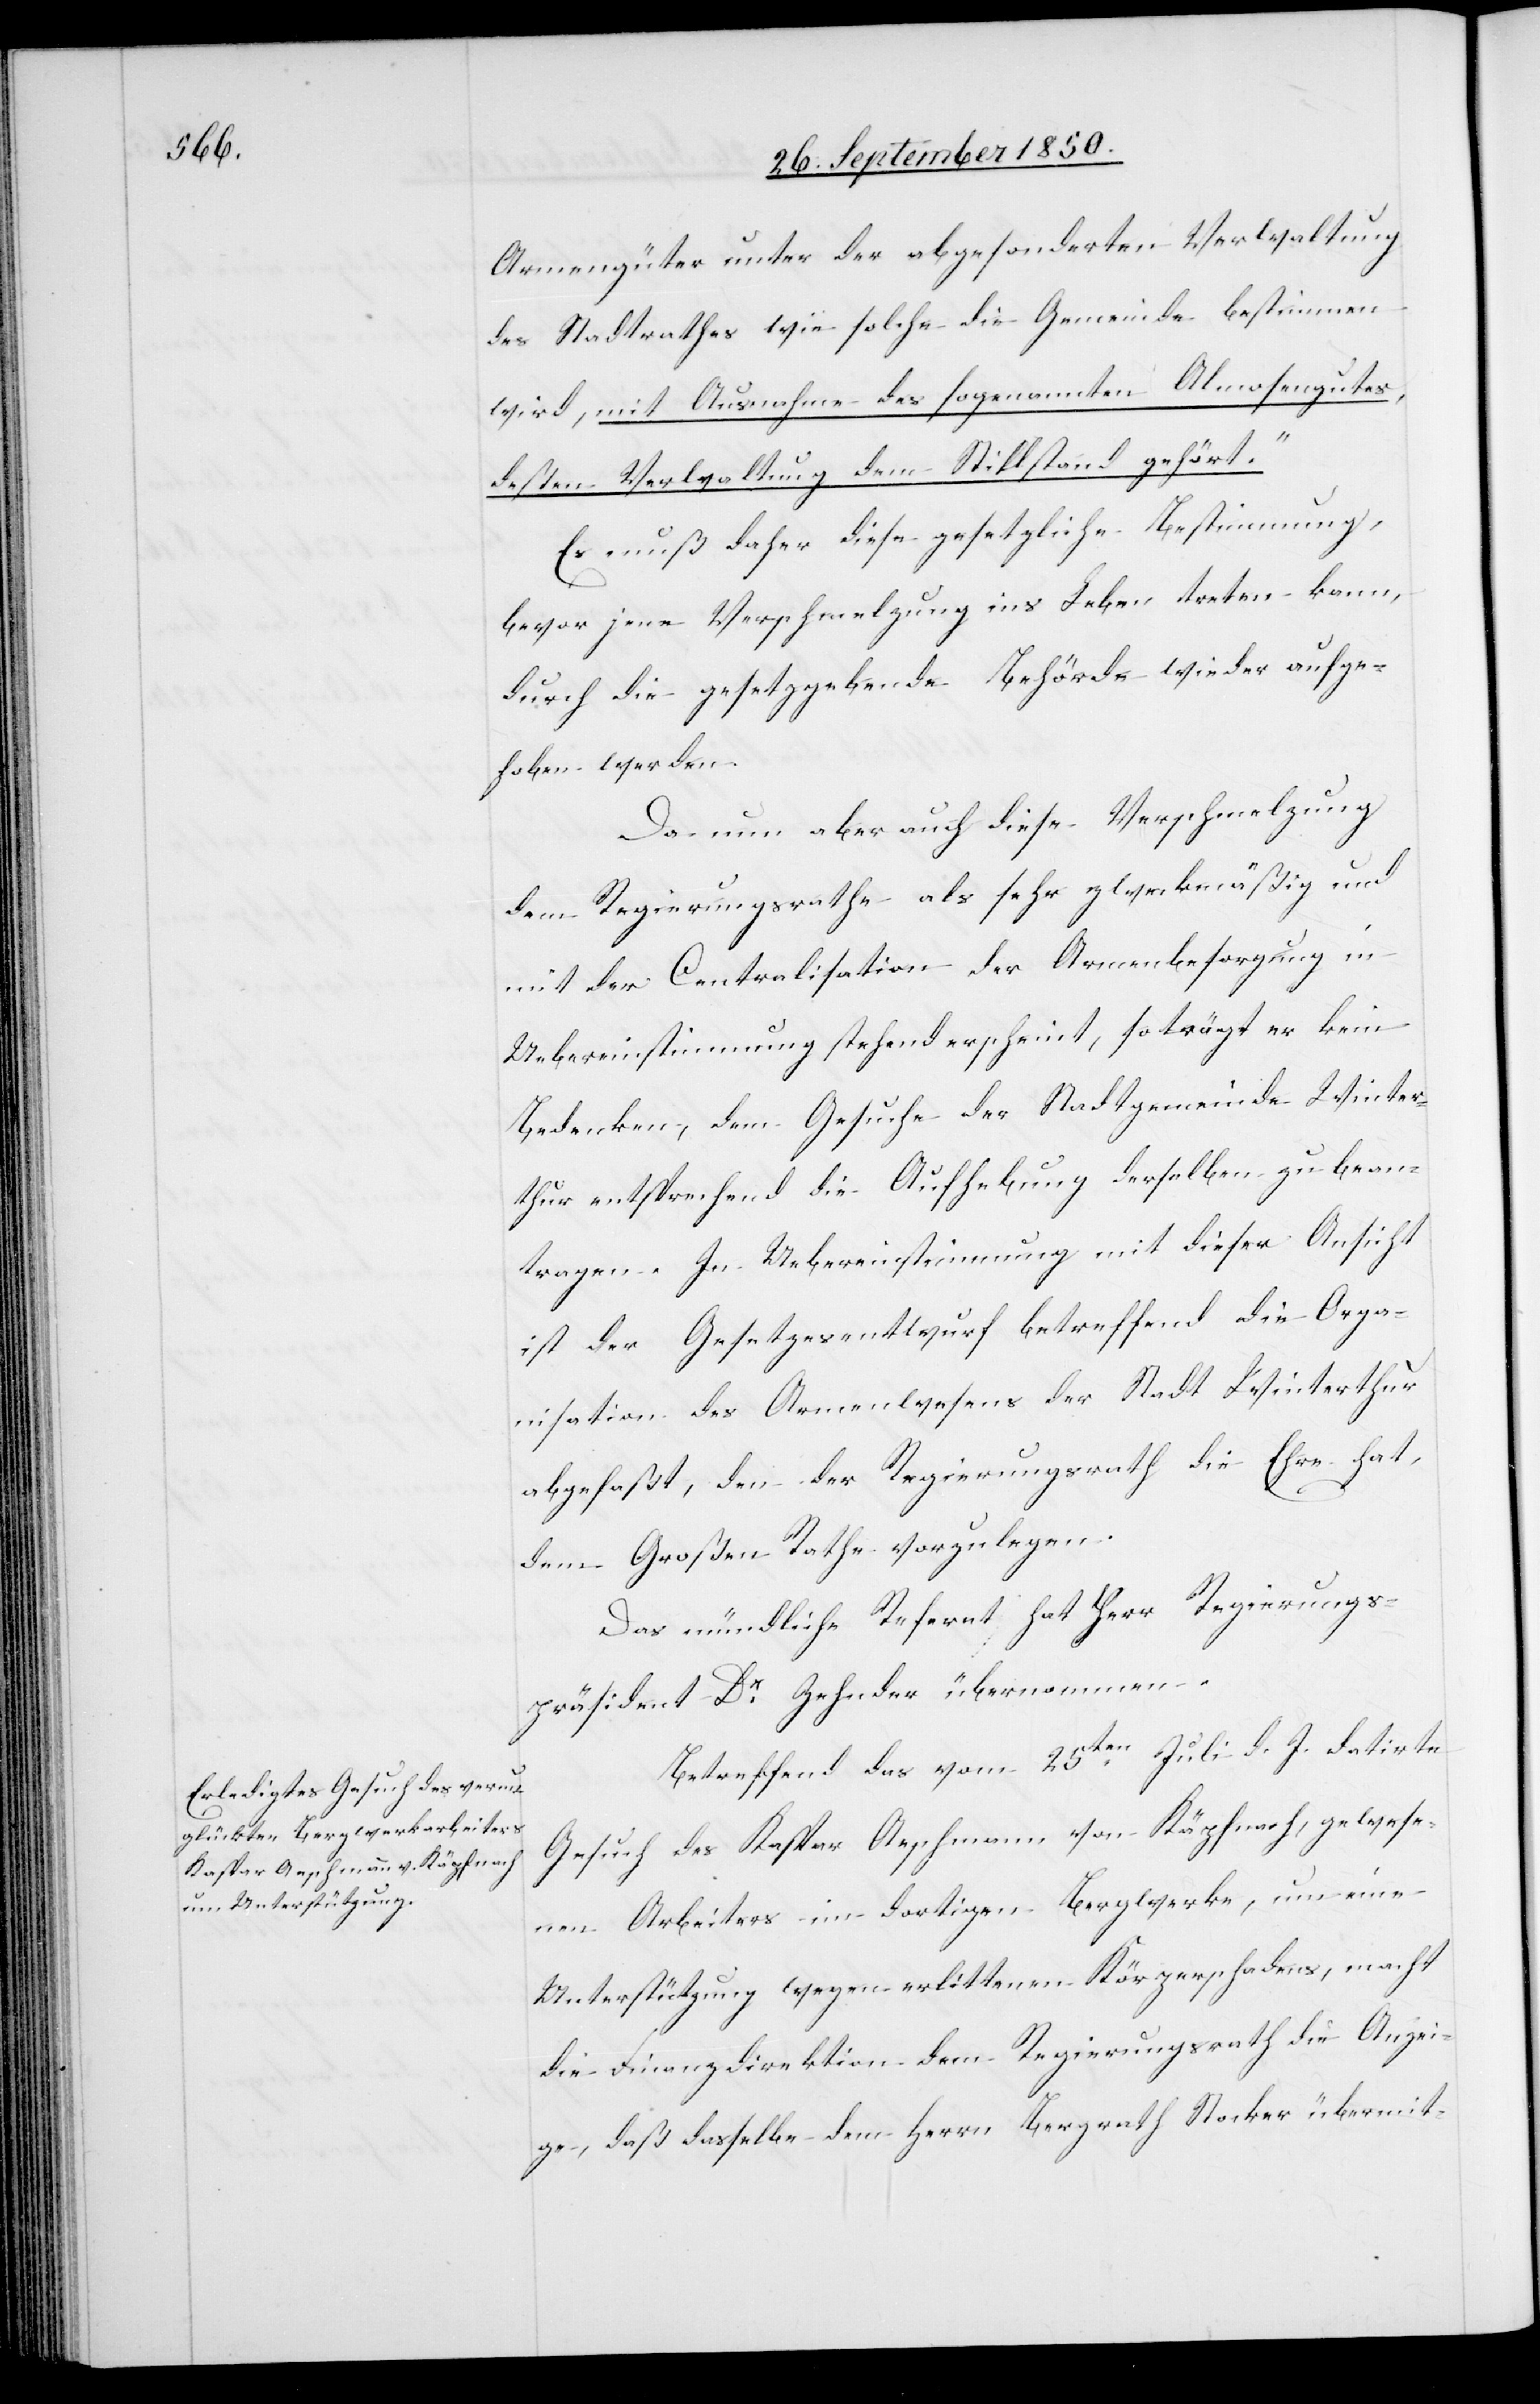
Armengüter unter der abgesonderten Verwaltung
des Stadtrathes wie solche die Gemeinde bestimmen
wird, mit Ausnahme des sogenannten Almosengutes,
deßen Verwaltung dem Stillstand gehört.“
Es muß daher diese gesetzliche Bestimmung,
bevor jene Verschmelzung ins Leben treten kann,
durch die gesetzgebende Behörde wieder aufge¬
hoben werden.
Da nun aber auch diese Verschmelzung
dem Regierungsrathe als sehr zweckmäßig und
mit der Centralisation der Armenbesorgung in
Uebereinstimmung stehend erscheint, so trägt er kein
Bedenken, dem Gesuche der Stadtgemeinde Winter¬
thur entsprechend die Aufhebung derselben zu bean¬
tragen. In Uebereinstimmung mit dieser Ansicht
ist der Gesetzesentwurf betreffend die Orga¬
nisation des Armenwesens der Stadt Winterthur
abgefaßt, den der Regierungsrath die Ehre hat,
dem Großen Rathe vorzulegen.
Das mündliche Referat hat Herr Regierungs¬
präsident Dr Zehnder übernommen.
Betreffend das vom 25ten Juli d. J. datirte
Gesuch des Kaspar Aeschmann von Käpfnach, gewese¬
nen Arbeiters im dortigen Bergwerke, um eine
Unterstützung wegen erlittenen Körperschadens, macht
die Finanzdirektion dem Regierungsrath die Anzei¬
ge, daß dasselbe dem Herrn Bergrath Stocker übermit-